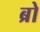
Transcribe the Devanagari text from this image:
ब्रो